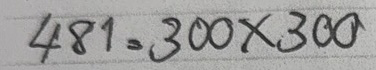
481 = 300x300